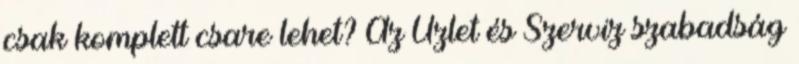
csak komplett csare lehet? Az Üzlet és Szerviz szabadság